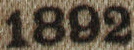
1892